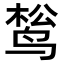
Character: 𬸔